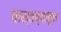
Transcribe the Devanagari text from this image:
वास्तव्यातून